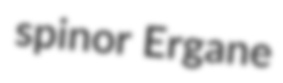
spinor Ergane